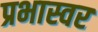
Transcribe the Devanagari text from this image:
प्रभास्वर